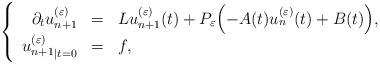
LaTeX: \begin{align*} \left\{\begin{array}{rcl}\partial_t u^{(\varepsilon)}_{n+1}& = & L u^{(\varepsilon)}_{n+1}(t) + P_\varepsilon \Bigl( -A(t) u^{(\varepsilon)}_{n}(t) + B(t) \Bigr),\\{u^{(\varepsilon)}_{n+1}}_{|t=0} & = & f,\end{array}\right. \end{align*}